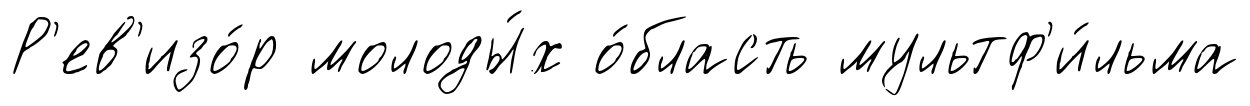
Р'ев'изо́р молоды́х о́бласть мультф'и́льма